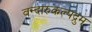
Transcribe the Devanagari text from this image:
वन्दारुकल्पद्रुम